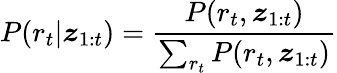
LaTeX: P(r_{t}|\boldsymbol{z}_{1:t})=\frac{P(r_{t},\boldsymbol{z}_{1:t})}{\sum_{r_{t}}P(r_{t},\boldsymbol{z}_{1:t})}